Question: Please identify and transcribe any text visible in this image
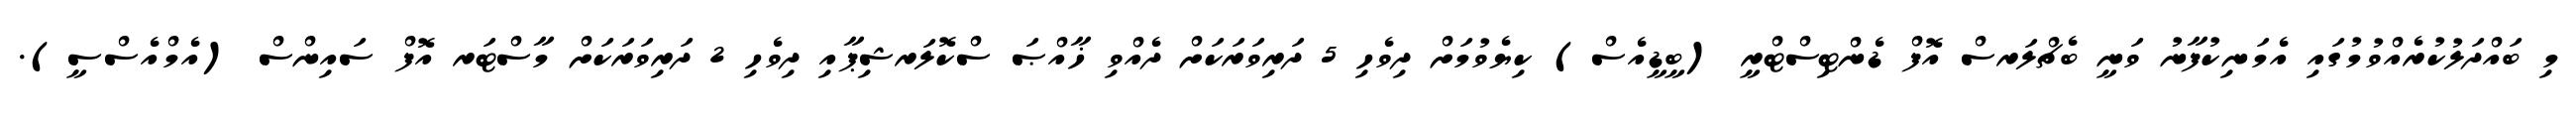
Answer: މި ބައްދަލުކުރެއްވުމުގައި އެމަނިކުފާނު ވަނީ ބެޗްލަރސް އޮފް ޑެންޓިސްޓްރީ (ބީޑީއެސް) ކިޔެވުމަށް ދިވެހި 5 ދަރިވަރަކަށް ދެއްވި ޚާއްޞަ ސްކޮލަރޝިޕާއި ދިވެހި 2 ދަރިވަރަކަށް މާސްޓަރ އޮފް ސައިންސް (އެމްއެސްސީ).